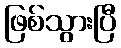
ဖြစ်သွားပြီ